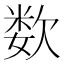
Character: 𰙕